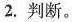
2.判断。